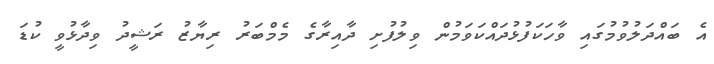
އެ ބައްދަލުވުމުގައި ވާހަކަފުޅުދައްކަވަމުން ވިލުފުށި ދާއިރާގެ މެމްބަރު ރިޔާޒު ރަޝީދު ވިދާޅުވީ ކުޑަ